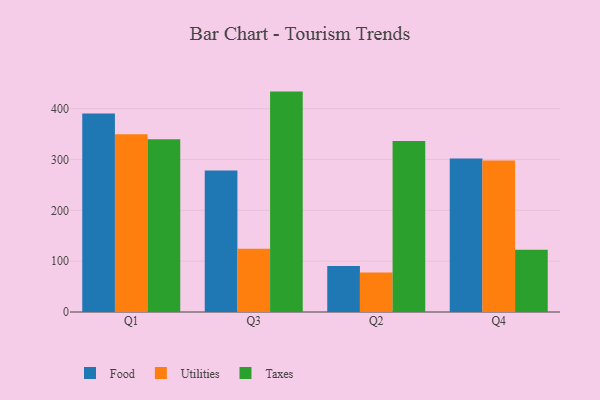
{"axis": {"x": "Quarter", "y": "Headcount"}, "legend": ["Food", "Taxes", "Utilities"], "data": [{"x": "Q1", "y": 390.4, "type": "Food"}, {"x": "Q1", "y": 349.8, "type": "Utilities"}, {"x": "Q1", "y": 340.0, "type": "Taxes"}, {"x": "Q3", "y": 278.6, "type": "Food"}, {"x": "Q3", "y": 124.3, "type": "Utilities"}, {"x": "Q3", "y": 433.6, "type": "Taxes"}, {"x": "Q2", "y": 90.3, "type": "Food"}, {"x": "Q2", "y": 77.9, "type": "Utilities"}, {"x": "Q2", "y": 336.4, "type": "Taxes"}, {"x": "Q4", "y": 302.1, "type": "Food"}, {"x": "Q4", "y": 298.0, "type": "Utilities"}, {"x": "Q4", "y": 122.6, "type": "Taxes"}]}